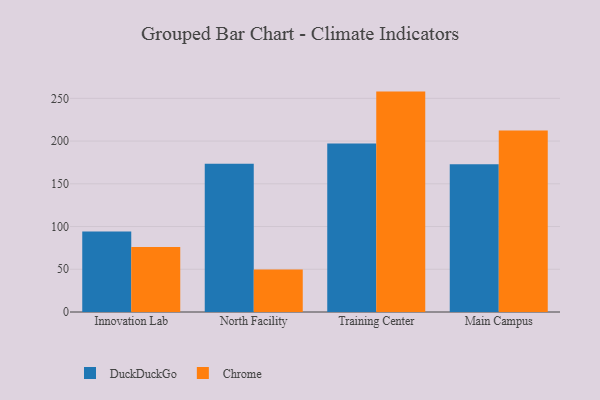
{"axis": {"x": "Campus", "y": "Humidity (%)"}, "legend": ["Chrome", "DuckDuckGo"], "data": [{"x": "Innovation Lab", "y": 94.1, "type": "DuckDuckGo"}, {"x": "Innovation Lab", "y": 76.0, "type": "Chrome"}, {"x": "North Facility", "y": 173.5, "type": "DuckDuckGo"}, {"x": "North Facility", "y": 49.6, "type": "Chrome"}, {"x": "Training Center", "y": 197.3, "type": "DuckDuckGo"}, {"x": "Training Center", "y": 257.9, "type": "Chrome"}, {"x": "Main Campus", "y": 172.9, "type": "DuckDuckGo"}, {"x": "Main Campus", "y": 212.3, "type": "Chrome"}]}